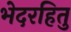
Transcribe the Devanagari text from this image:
भेदरहितु